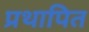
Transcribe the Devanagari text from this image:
प्रथापित